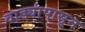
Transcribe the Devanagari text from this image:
वाड्यांपासून